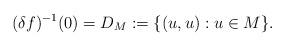
LaTeX: \begin{align*}(\delta f)^{-1}(0)= D_M:=\{(u,u): u\in M\}.\end{align*}